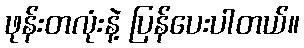
ဖုန်းတလုံးနဲ့ ပြန်ပေးပါတယ်။